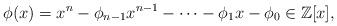
LaTeX: \begin{align*}\phi(x)=x^{n}-\phi_{n-1} x^{n-1}-\cdots-\phi_{1} x-\phi_{0} \in \mathbb{Z}[x],\end{align*}